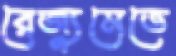
রেজ্যুমেতে